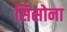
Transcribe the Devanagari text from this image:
सिसोना